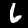
Label: 6